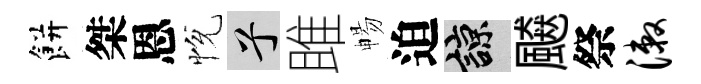
餅桀恩恱兮雎暢迫諒飇祭漱